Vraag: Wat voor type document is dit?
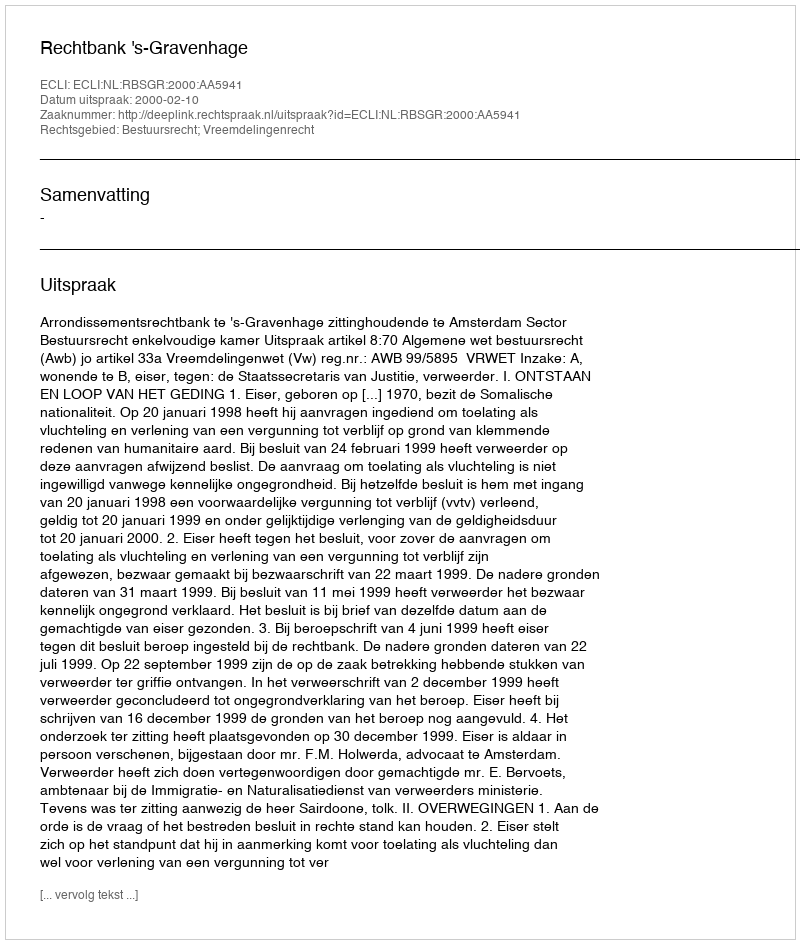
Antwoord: Uitspraak